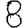
Digit: 8